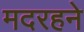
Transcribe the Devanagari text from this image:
मदरहने